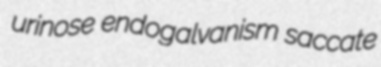
urinose endogalvanism saccate